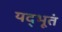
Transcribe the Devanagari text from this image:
यद्भूतं